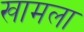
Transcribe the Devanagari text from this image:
खामला